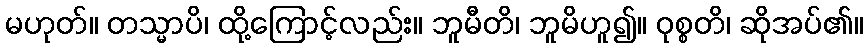
မဟုတ်။ တသ္မာပိ၊ ထို့ကြောင့်လည်း။ ဘူမီတိ၊ ဘူမိဟူ၍။ ဝုစ္စတိ၊ ဆိုအပ်၏။